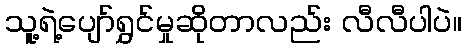
သူ့ရဲ့ပျော်ရွှင်မှုဆိုတာလည်း လီလီပါပဲ။